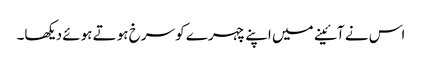
اس نے آئینے میں اپنے چہرے کو سرخ ہوتے ہوئے دیکھا۔